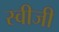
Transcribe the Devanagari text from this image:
स्वीजी